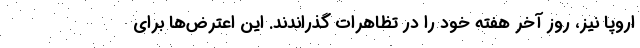
اروپا نیز، روز آخر هفته خود را در تظاهرات گذراندند. این اعترض‌ها برای